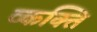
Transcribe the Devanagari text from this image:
व्कक्ति